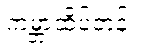
ကမ္ဘာ့ထိပ်တန်း